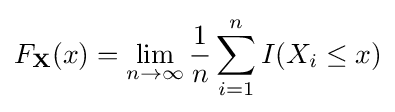
F_{\mathbf {X} }(x)=\lim _{n\to \infty }{\frac {1}{n}}\sum _{i=1}^{n}I(X_{i}\leq x)